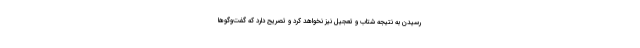
رسیدن به نتیجه شتاب و تعجیل نیز نخواهد کرد و تصریح دارد که گفت‌وگوها